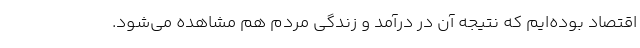
اقتصاد بوده‌ایم که نتیجه آن در درآمد و زندگی مردم هم مشاهده می‌شود.